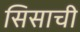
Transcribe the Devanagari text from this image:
सिसाची